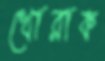
খোরাক